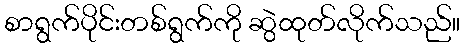
စာရွက်ပိုင်းတစ်ရွက်ကို ဆွဲထုတ်လိုက်သည်။